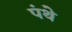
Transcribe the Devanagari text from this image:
पंथे